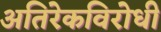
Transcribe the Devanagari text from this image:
अतिरेकविरोधी